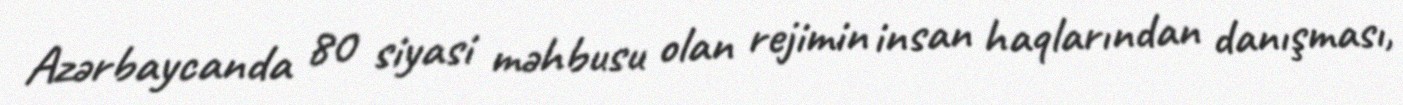
Azərbaycanda 80 siyasi məhbusu olan rejimin insan haqlarından danışması,